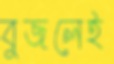
বুজলেই